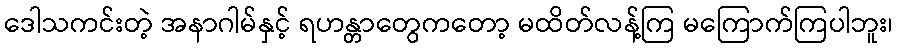
ဒေါသကင်းတဲ့ အနာဂါမ်နှင့် ရဟန္တာတွေကတော့ မထိတ်လန့်ကြ မကြောက်ကြပါဘူး၊